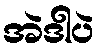
အဲဒါပဲ